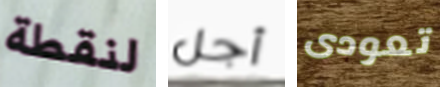
لنقطة أجل تعودى